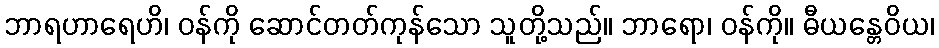
ဘာရဟာရေဟိ၊ ဝန်ကို ဆောင်တတ်ကုန်သော သူတို့သည်။ ဘာရော၊ ဝန်ကို။ ဓီယန္တေဝိယ၊